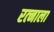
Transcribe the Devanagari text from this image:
रत्‍नाला